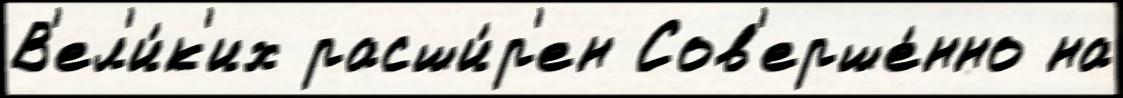
В'ел'и́к'их расши́р'ен Сов'ерше́нно на